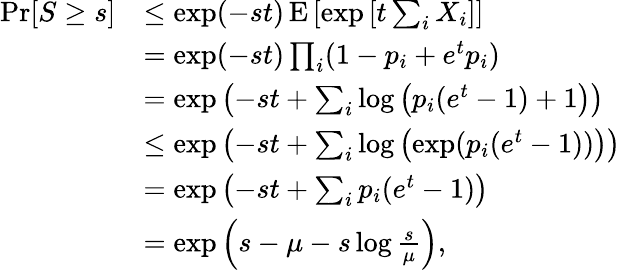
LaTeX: {\begin{array}{rl}{\operatorname*{Pr}[S\geq s]}&{\leq\exp(-st)\operatorname{E}\left[\exp\left[t\sum_{i}X_{i}\right]\right]}\\ &{=\exp(-st)\prod_{i}(1-p_{i}+e^{t}p_{i})}\\ &{=\exp\left(-st+\sum_{i}\log\left(p_{i}(e^{t}-1)+1\right)\right)}\\ &{\leq\exp\left(-st+\sum_{i}\log\left(\exp(p_{i}(e^{t}-1))\right)\right)}\\ &{=\exp\left(-st+\sum_{i}p_{i}(e^{t}-1)\right)}\\ &{=\exp\left(s-\mu-s\log{\frac{s}{\mu}}\right),}\end{array}}